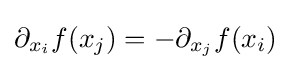
\partial _{x_{i}}f(x_{j})=-\partial _{x_{j}}f(x_{i})